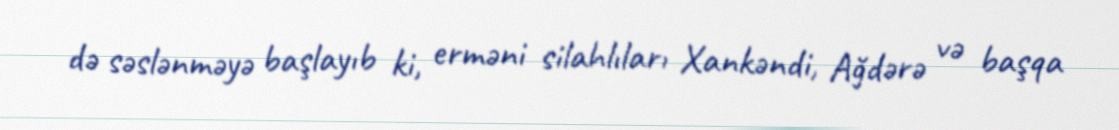
də səslənməyə başlayıb ki, erməni silahlıları Xankəndi, Ağdərə və başqa